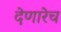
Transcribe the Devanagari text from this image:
देणारेच